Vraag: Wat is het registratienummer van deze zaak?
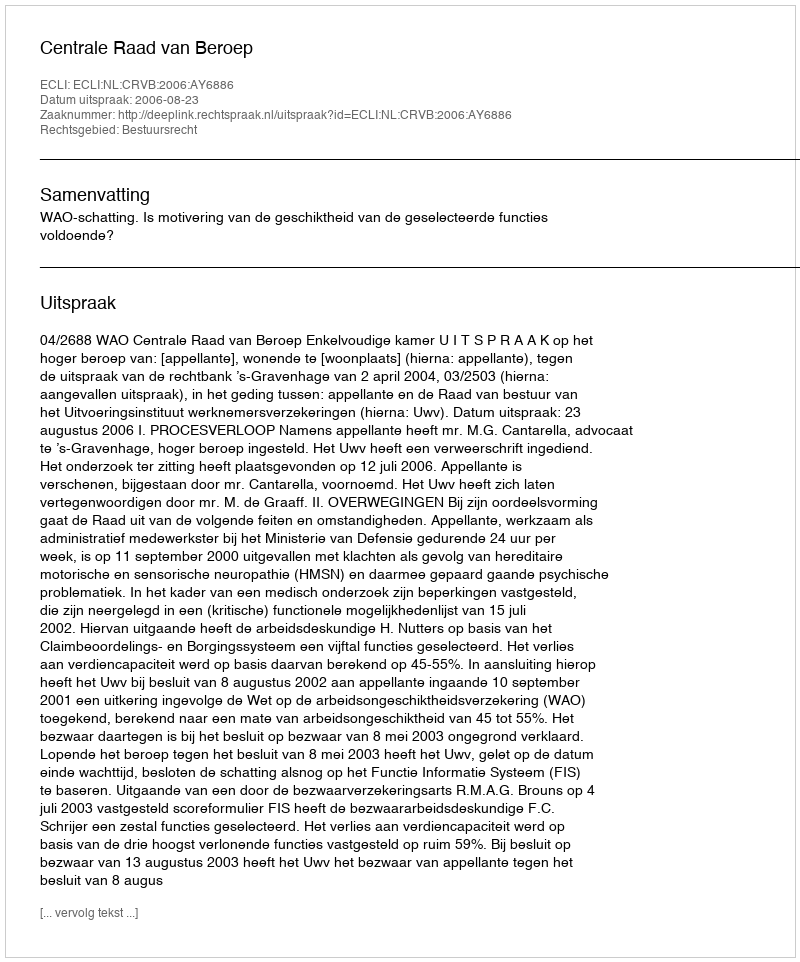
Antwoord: http://deeplink.rechtspraak.nl/uitspraak?id=ECLI:NL:CRVB:2006:AY6886